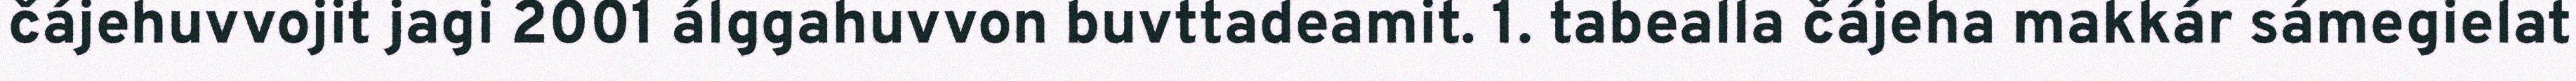
čájehuvvojit jagi 2001 álggahuvvon buvttadeamit. 1. tabealla čájeha makkár sámegielat